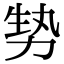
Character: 㔟